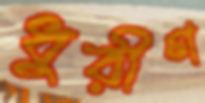
ধুরীণ